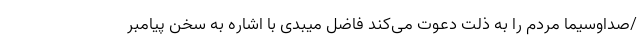
/صداوسیما مردم را به ذلت دعوت می‌کند فاضل میبدی با اشاره به سخن پیامبر